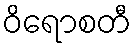
ဝိရောစတီ